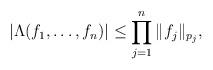
LaTeX: \begin{align*}|\Lambda(f_1,\dots ,f_n)|\le \prod_{j=1}^n\|f_j\|_{p_j},\end{align*}